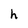
Character: h